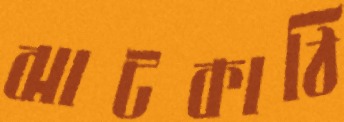
ঝাটকাঠি